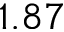
1 . 8 7